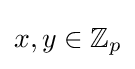
x,y\in \mathbb {Z} _{p}